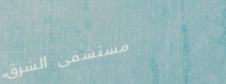
مستشفى الشرق